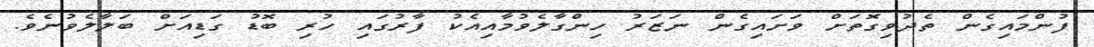
ފުންމައިގެން ތެދުވިގޮތަށް ވަށައިގެން ނަޒަރު ހިންގާލެވުމާއިއެކު ފާރުގައި ހުރި ބޮޑު ގަޑިއަށް ބަލާލެވުނެވެ.